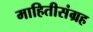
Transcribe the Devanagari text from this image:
माहितीसंग्रह